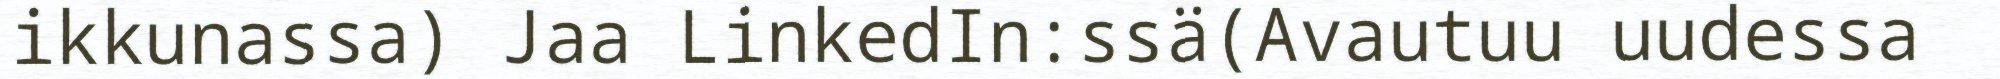
ikkunassa) Jaa LinkedIn:ssä(Avautuu uudessa